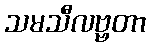
သမသီလဗ္ဗတာ